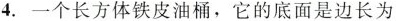
4.一个长方体铁皮油桶，它的底面是边长为